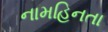
નામહિનતા